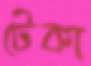
টেকা